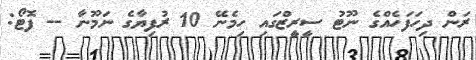
ރަން ދިހަފަހެއްގެ ނޫޓު ސީރީޒްގައި ހިމެނޭ 10 ރުފިޔާގެ ނަމޫނާ -- ފޮޓޯ: